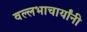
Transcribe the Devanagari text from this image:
वल्लभाचार्यांनी